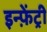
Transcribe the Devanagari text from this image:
इन्फ़ेंट्री